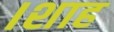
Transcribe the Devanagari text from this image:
।शाह